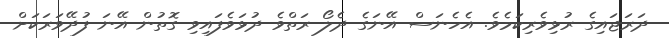
ދަރަޖައިގެ ރުޅިވެރިކަމެވެ. އެހެނަސް އޭނަގެ ދެލޯ ރަތްވެ ދުޅަވެފައިވި ގޮތުން އޭނަ ފުދޭވަރަކަށް